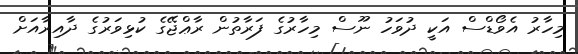
މިހާރު އެވޯޑްސް އަކީ ދުވަހު ނޫސް މިހާރުގެ ފަރާތުން ރާޢްޖޭގެ ކުޅިވަރުގެ ދާއިރާއަށް